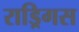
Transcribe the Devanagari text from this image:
राड्रिगस